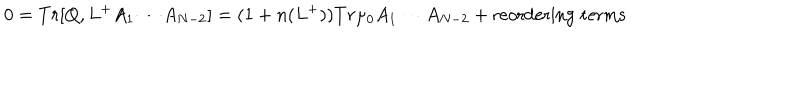
0 = T r [ Q , L ^ { + } A _ { 1 } \cdots A _ { N - 2 } ] = ( 1 + n ( L ^ { + } ) ) T r \mu _ { 0 } A _ { 1 } \cdots A _ { N - 2 } + \mathrm { r e o r d e r i n g \; t e r m s }